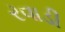
રવાડી